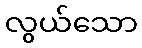
လွယ်သော